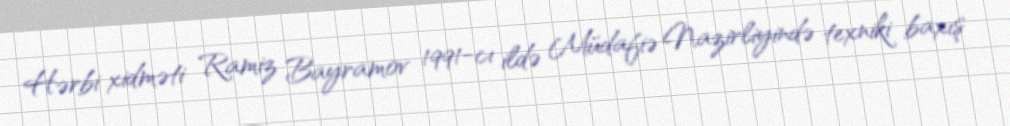
Hərbi xidməti Ramiz Bayramov 1991-cı ildə Müdafiə Nazirliyində texniki baxış